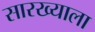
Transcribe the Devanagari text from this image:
सारख्याला